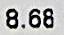
8.68